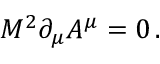
M ^ { 2 } \partial _ { \mu } A ^ { \mu } = 0 \, .